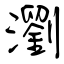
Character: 瀏